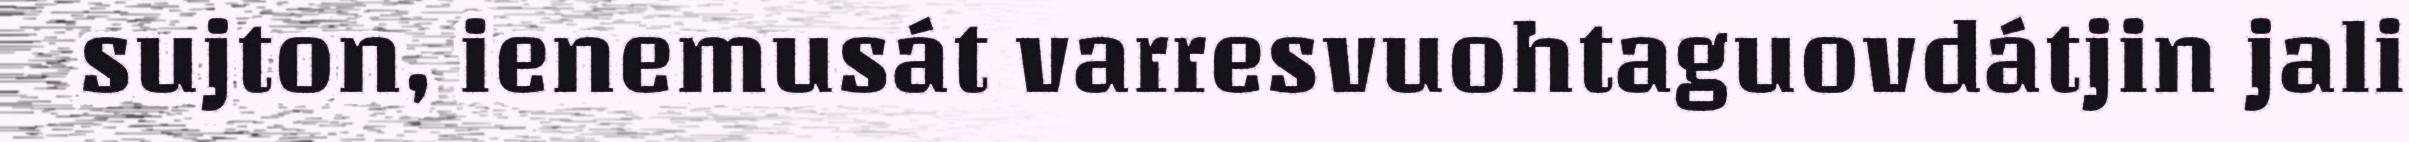
sujton, ienemusát varresvuohtaguovdátjin jali